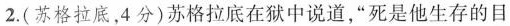
2.(苏格拉底，4分)苏格拉底在狱中说道，”死是他生存的目